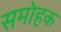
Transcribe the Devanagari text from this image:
समोहक